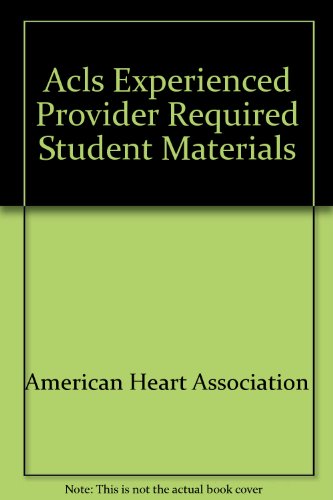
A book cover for Acls Experienced Provider Required Student Materials; American Heart Association; Health, Fitness & Dieting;